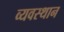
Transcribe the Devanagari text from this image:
व्यवस्थान